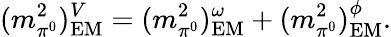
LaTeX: (m_{\pi^{0}}^{2})_{\mathrm{EM}}^{V}=(m_{\pi^{0}}^{2})_{\mathrm{EM}}^{\omega}+(m_{\pi^{0}}^{2})_{\mathrm{EM}}^{\phi}.